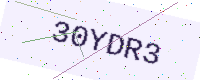
Text: 30YDR3